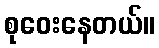
စုဝေးနေတယ်။